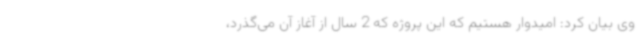
وی بیان کرد: امیدوار هستیم که این پروژه که 2 سال از آغاز آن می‌گذرد،